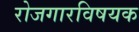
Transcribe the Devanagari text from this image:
रोजगारविषयक